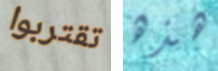
تقتربوا هذه